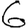
Digit: 6